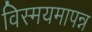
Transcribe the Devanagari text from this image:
विस्मयमापन्न